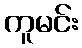
ကူမင်း